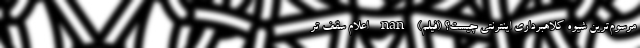
مرسوم‌ترین شیوه کلاهبرداری اینترنتی چیست؟ (فیلم) nan اعلام سقف تر